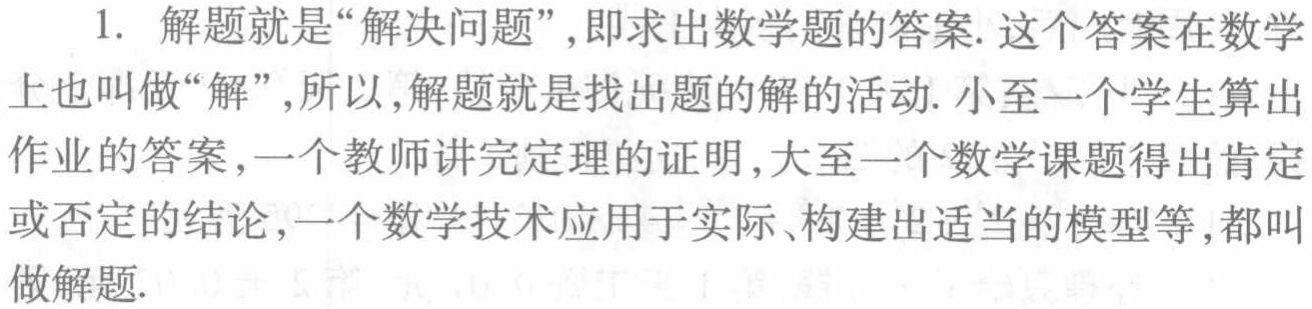
1. 解题就是“解决问题”，即求出数学题的答案. 这个答案在数学上也叫做“解”，所以，解题就是找出题的解的活动. 小至一个学生算出作业的答案，一个教师讲完定理的证明，大至一个数学课题得出肯定或否定的结论，一个数学技术应用于实际、构建出适当的模型等，都叫做解题.